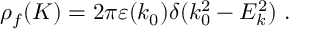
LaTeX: \rho _ { f } ( K ) = 2 \pi \varepsilon ( k _ { 0 } ) \delta ( k _ { 0 } ^ { 2 } - E _ { k } ^ { 2 } ) \ .